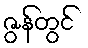
ဇွန်တွင်